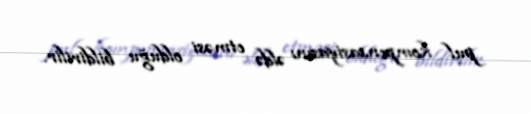
pul kompensasiyasını əldə etməsi olduğu bildirilir.